Scottish Certificate of Education, 1963
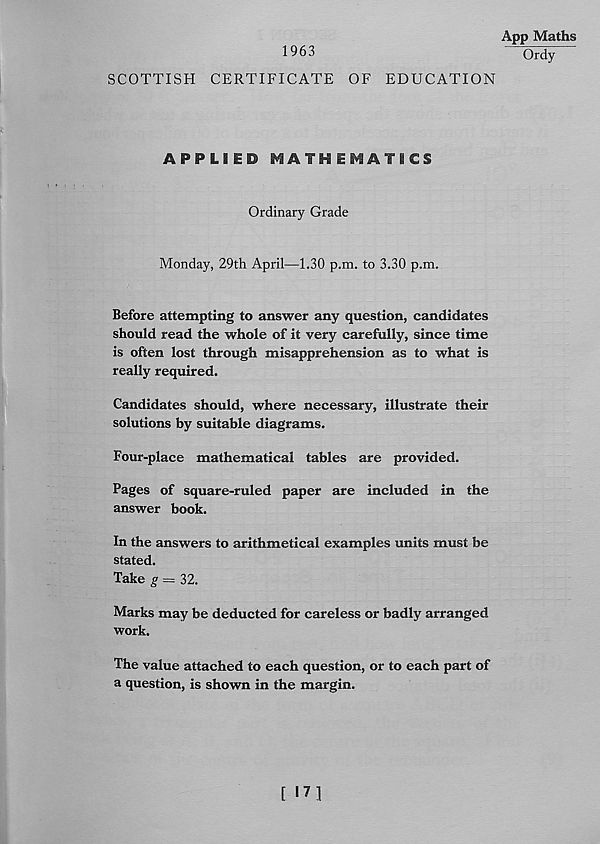
1963
SCOTTISH CERTIFICATE OF EDUCATION
APPLIED MATHEMATICS
Ordinary Grade
Monday, 29th April—1.30 p.m. to 3.30 p.m.
Before attempting to answer any question, candidates
should read the whole of it very carefully, since time
is often lost through misapprehension as to what is
really required.
Candidates should, where necessary, illustrate their
solutions by suitable diagrams.
Four-place mathematical tables are provided.
Pages of square-ruled paper are included in the
answer book.
In the answers to arithmetical examples units must be
stated.
Take g = 32.
Marks may be deducted for careless or badly arranged
work.
The value attached to each question, or to each part of
a question, is shown in the margin.
App Maths
Ordy
[ I7|